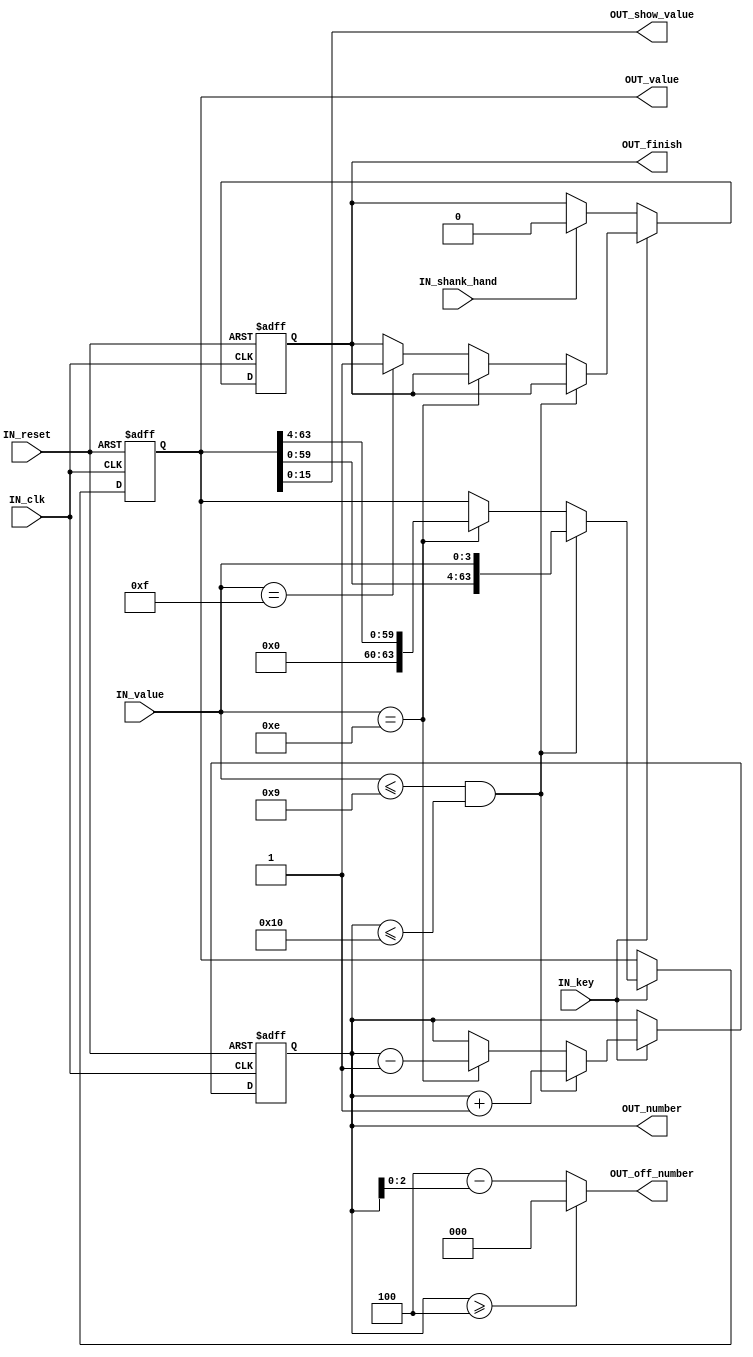
//16
// clk  250Hz

module key_out(input IN_clk, input [3:0] IN_value, input IN_key, input IN_reset, input IN_shank_hand,
				output reg [63:0] OUT_value, output reg [4:0] OUT_number, output reg OUT_finish, output [2:0] OUT_off_number, output [15:0] OUT_show_value);
	
	initial
	begin
		OUT_number = 0;
		OUT_value = 0;
		OUT_finish = 0;
	end
			
	assign OUT_off_number = (OUT_number >= 5'd4)? 0 : 4 - OUT_number;
	assign OUT_show_value = OUT_value[15:0];
	always @(posedge IN_clk or negedge IN_reset)
		begin
			if(!IN_reset)
				begin
					OUT_value <= 0;
					OUT_number <= 0;
					OUT_finish <= 0;
				end
			else if(IN_key)
				begin
					if(IN_value <= 9 && OUT_number <= 16)
						begin
							OUT_value <= {OUT_value, IN_value};
							OUT_number <= OUT_number + 1;
						end
					else if(IN_value == 4'hE)//C
						begin
							OUT_number <= OUT_number - 1;
							OUT_value <= OUT_value >> 4;
						end
					else if(IN_value == 4'hF)// =
						begin
							OUT_finish <= 1;
						end
					else
						begin
							OUT_value <= OUT_value;
						end
				end
			else
				begin
					OUT_value <= OUT_value;
					if(IN_shank_hand)
						OUT_finish <= 0;
					else
						OUT_finish <= OUT_finish;
				end
				
		end

endmodule